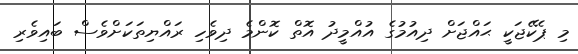
މި ޕެކޭޖަކީ ޙައްޖަށް ދިއުމުގެ އުއްމީދު އޮތް ކޮންމެ ދިވެހި ރައްޔިތަކަށްވެސް ބައިވެރި